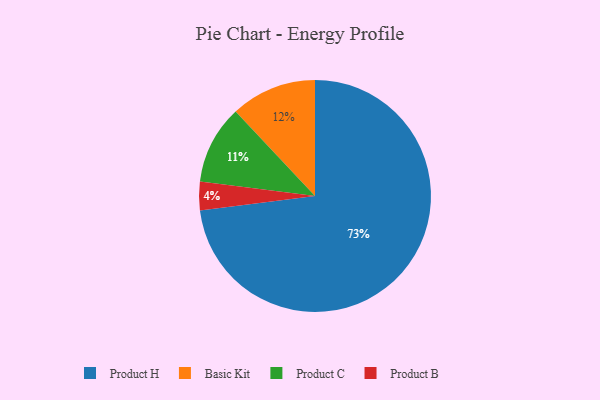
{"axis": {"x": "Category", "y": "Percentage"}, "legend": ["Basic Kit", "Product B", "Product C", "Product H"], "data": [{"x": "Product H", "y": 73, "type": "Product H"}, {"x": "Product B", "y": 4, "type": "Product B"}, {"x": "Basic Kit", "y": 12, "type": "Basic Kit"}, {"x": "Product C", "y": 11, "type": "Product C"}]}